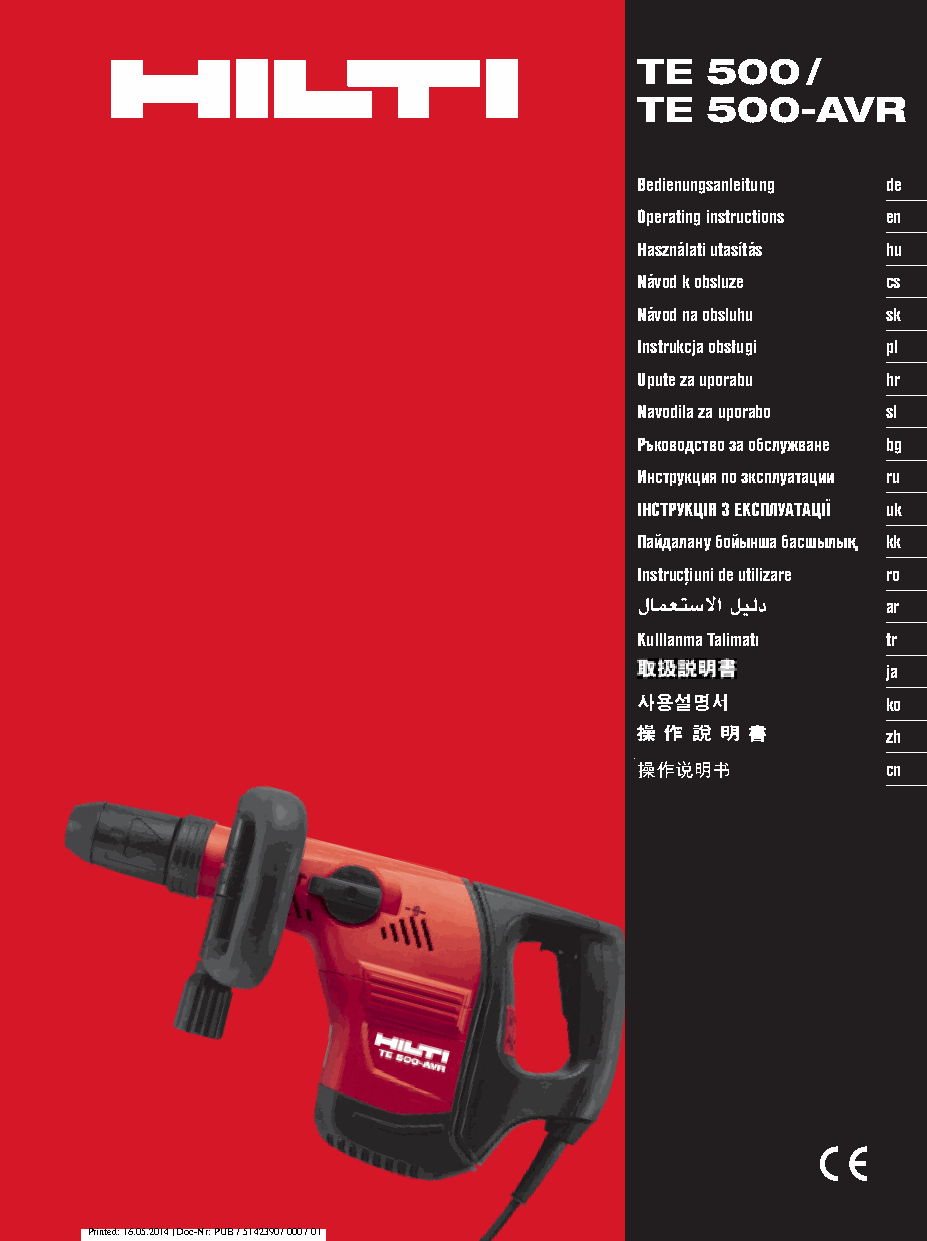
TE 500/
 TE 500-AVR
 Bedienungsanleitung de
 Operating instructions en
 Használati utasítás hu
 Návod k obsluze cs
 Návod na obsluhu sk
 Instrukcja obsługi pl
 Upute za uporabu hr
 Navodila za uporabo sl
 Ръководство за обслужване bg
 Инструкция по зксплуатации ru
 IНСТРУКЦIЯ З ЕКСПЛУАТАЦIЇ uk
 Пайдалану бойынша басшылық kk
 Instrucţiuni de utilizare ro
 ar
 Kulllanma Talimatı tr
 ja
 ko
 zh
 cn
 Printed: 16.05.2014 | Doc-Nr: PUB / 5142390 / 000 / 01
 923973